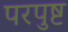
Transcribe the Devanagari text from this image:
परपुष्ट